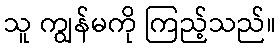
သူ ကျွန်မကို ကြည့်သည်။